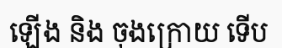
ឡើង និង ចុងក្រោយ ទើប